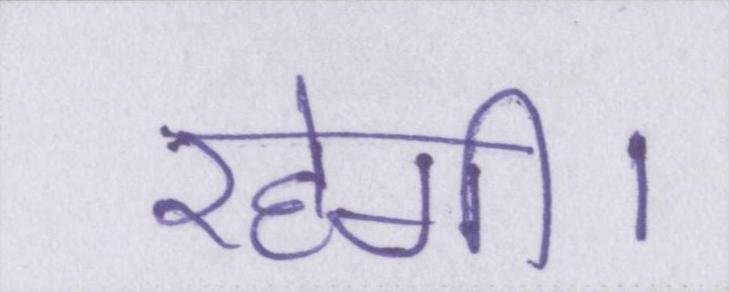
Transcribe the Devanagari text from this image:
रहेगी।